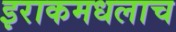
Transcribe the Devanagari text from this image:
इराकमधलाच